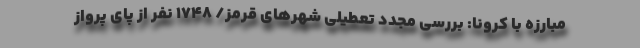
مبارزه با کرونا: بررسی مجدد تعطیلی شهرهای قرمز/ ۱۷۴۸ نفر از پای پرواز